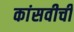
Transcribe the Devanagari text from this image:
कांसवीची